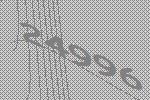
24996